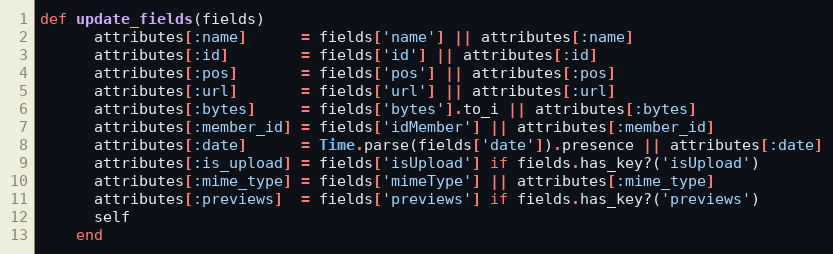
Language: Ruby
def update_fields(fields)
      attributes[:name]      = fields['name'] || attributes[:name]
      attributes[:id]        = fields['id'] || attributes[:id]
      attributes[:pos]       = fields['pos'] || attributes[:pos]
      attributes[:url]       = fields['url'] || attributes[:url]
      attributes[:bytes]     = fields['bytes'].to_i || attributes[:bytes]
      attributes[:member_id] = fields['idMember'] || attributes[:member_id]
      attributes[:date]      = Time.parse(fields['date']).presence || attributes[:date]
      attributes[:is_upload] = fields['isUpload'] if fields.has_key?('isUpload')
      attributes[:mime_type] = fields['mimeType'] || attributes[:mime_type]
      attributes[:previews]  = fields['previews'] if fields.has_key?('previews')
      self
    end